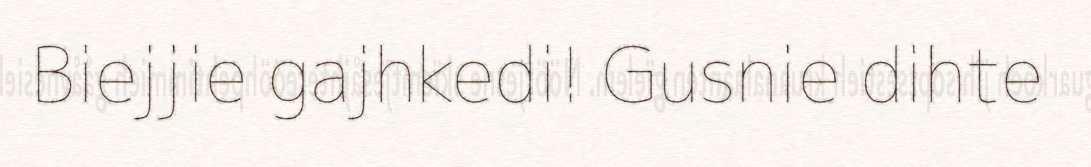
Biejjie gajhkedi! Gusnie dihte